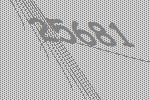
25681